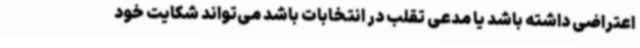
اعتراضی داشته باشد یا مدعی تقلب در انتخابات باشد می‌تواند شکایت خود